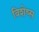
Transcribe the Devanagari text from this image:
विशेष्स